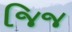
જિજ